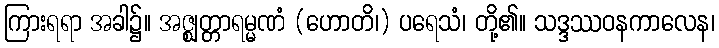
ကြားရရာ အခါ၌။ အဇ္ဈတ္တာရမ္မဏံ (ဟောတိ၊) ပရေသံ၊ တို့၏။ သဒ္ဒဿဝနကာလေန၊